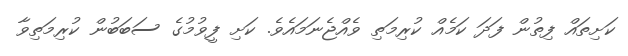
ކަށިތައް ފިތުން ފަދަ ކަމެއް ކުރިމަތި ވެއްޖެނަމައެވެ. ކަށި ފީވުމުގެ ސަބަބުން ކުރިމަތިވާ